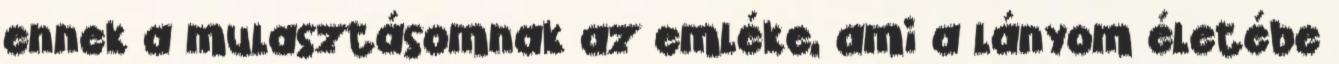
ennek a mulasztásomnak az emléke, ami a lányom életébe